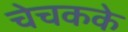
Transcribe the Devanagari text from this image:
चेचकके